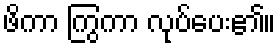
ဖိကာ ကြွကာ လုပ်ပေး၏။